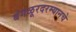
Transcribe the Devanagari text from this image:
बंगळूरदरम्यानचे